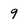
Character: 9